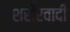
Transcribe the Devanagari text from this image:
शरीरवादी